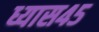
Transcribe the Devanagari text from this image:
ध्यास४५